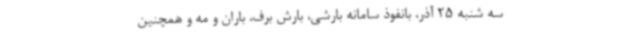
سه شنبه 25 آذر، بانفوذ سامانه بارشی، بارش برف، باران و مه و همچنین